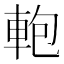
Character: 軳